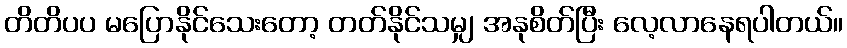
တိတိပပ မပြောနိုင်သေးတော့ တတ်နိုင်သမျှ အနုစိတ်ပြီး လေ့လာနေရပါတယ်။